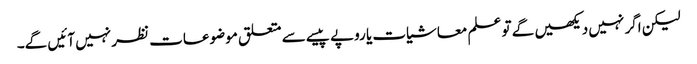
لیکن اگر نہیں دیکھیں گے تو علم معاشیات یا روپے پیسے سے متعلق موضوعات نظر نہیں آئیں گے۔